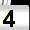
Digit: 4